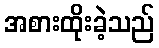
အစားထိုးခဲ့သည်